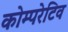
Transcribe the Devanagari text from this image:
कोम्परेटिव